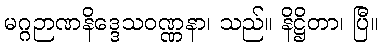
မဂ္ဂဉာဏနိဒ္ဒေသဝဏ္ဏနာ၊ သည်။ နိဋ္ဌိတာ၊ ပြီ။